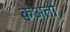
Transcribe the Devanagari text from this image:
केअतों